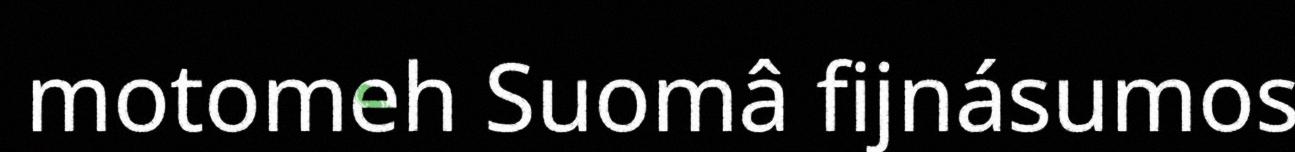
motomeh Suomâ fijnásumos